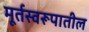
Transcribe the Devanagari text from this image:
मूर्तस्वरूपातील